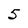
Character: 5